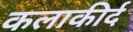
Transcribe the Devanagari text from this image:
कलाकीर्द